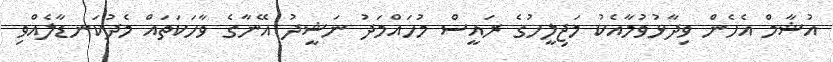
އުޝާމް އެހެން ވިދާޅުވުމާއެކު މަޖިލީހުގެ ރައީސް މުހައްމަދު ނަޝީދު އޭނާގެ ވާހަކަތައް މެދުކަނޑާލެއްވި